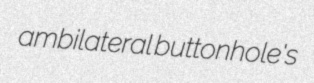
ambilateral buttonhole's